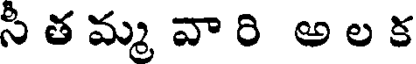
సీ త మ్మ వా రి అ ల క